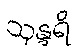
သုန္ဒရိ